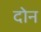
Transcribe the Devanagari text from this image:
दोेन